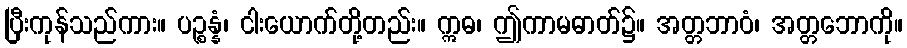
ပြီးကုန်သည်ကား။ ပဉ္စန္နံ၊ ငါးယောက်တို့တည်း။ ဣဓ၊ ဤကာမဓာတ်၌။ အတ္တဘာဝံ၊ အတ္တဘောကို။